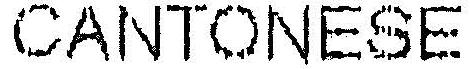
CANTONESE